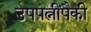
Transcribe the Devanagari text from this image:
उपपत्नींपैकी